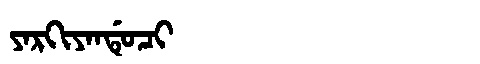
Manchu: ᠶᠠᡵᡴᡳᠶᠠᠨᡩᡠᠴᡳ
Romanization: YARKIYANDUCI